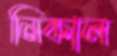
নিকাল